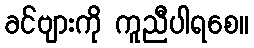
ခင်ဗျားကို ကူညီပါရစေ။